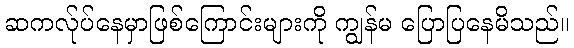
ဆကလ်ုပ်နေမှာဖြစ်ကြောင်းများကို ကျွန်မ ပြောပြနေမိသည်။